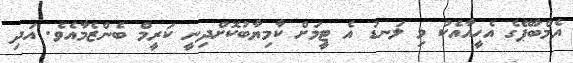
އެމްބާޕޭގެ އެހީއާއެކު މި ލަނޑު އެ ޓީމަށް ކާމިޔާބުކޮށްދިނީ ކަރީމް ބެންޒެމާއެވެ. އަދި